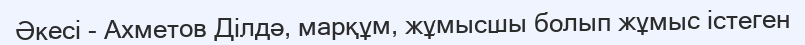
Әкесі - Ахметов Ділдә, марқұм, жұмысшы болып жұмыс істеген